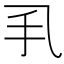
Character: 𢩦